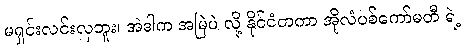
မရှင်းလင်းလှဘူး၊ အဲဒါက အမြဲပဲ လို့ နိုင်ငံတကာ အိုလံပစ်ကော်မတီ ရဲ့